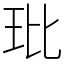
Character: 玭